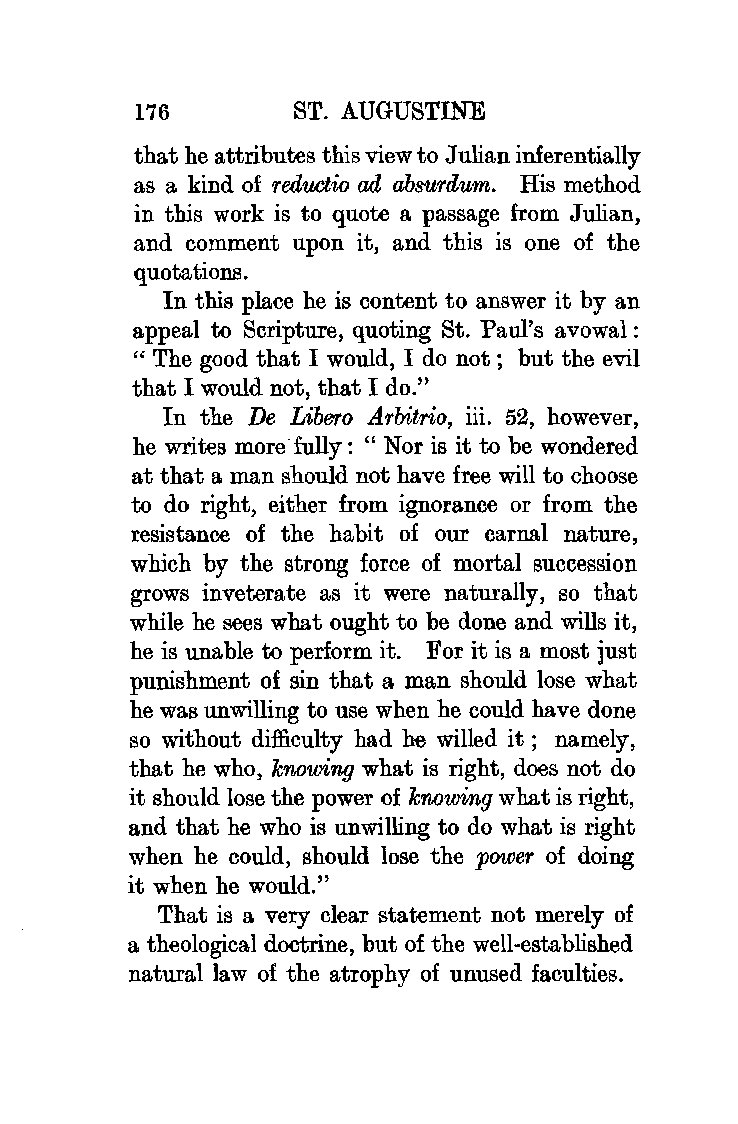
176       ST. AUGUSTINE
 that he attributes this view to Julian inferentially
 as a kind of reductio ad ahsurdum. His method
 in this work is to quote a passage from Julian,
 and comment upon it, and this is one of the
 quotations.
 In this place he is content to answer it by an
 appeal to Scripture, quoting St. Paul's avowal :
 " The good that I would, I do not ; but the evil
 that I would not, that I do."
 In the De Libero Arbitrio, iii. 52, however,
 he writes more.fully: ''Noris it to be wondered
 at that a man should not have free will to choose
 to do right, either from ignorance or from the
 resistance of the habit of our carnal nature,
 which by the strong force of mortal succession
 grows inveterate as it were naturally, so that
 while he sees what ought to be done and wills it,
 he is unable to perform it. For it is a most just
 punishment of sin that a man should lose what
 he was unwilling to use when he could have done
 so without difficulty had he willed it ; namely,
 that he who, knowing what is right, does not do
 it should lose the power of knowing what is right,
 and that he who is unwilling to do what is right
 when he could, should lose the power of doing
 it when he would."
 That is a very clear statement not merely of
 a theological doctrine, but of the well-established
 natural law of the atrophy of unused faculties.